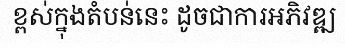
ខ្ពស់ក្នុងតំបន់នេះ ដូចជាការអភិវឌ្ឍ